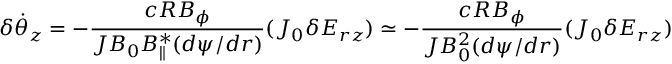
\delta \dot { \theta } _ { z } = - \frac { c R B _ { \phi } } { { \cal J } B _ { 0 } B _ { \parallel } ^ { * } ( d \psi / d r ) } ( J _ { 0 } \delta E _ { r z } ) \simeq - \frac { c R B _ { \phi } } { { \cal J } B _ { 0 } ^ { 2 } ( d \psi / d r ) } ( J _ { 0 } \delta E _ { r z } )